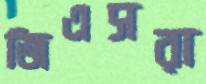
জিএসরা